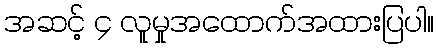
အဆင့် ၄ လူမှုအထောက်အထားပြပါ။